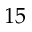
1 5